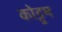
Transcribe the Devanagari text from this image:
कोट्टूम